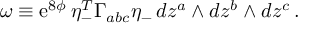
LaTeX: \omega \equiv \mathrm { e } ^ { 8 \phi } \, \eta _ { - } ^ { T } \Gamma _ { a b c } \eta _ { - } \, d z ^ { a } \wedge d z ^ { b } \wedge d z ^ { c } \, .